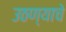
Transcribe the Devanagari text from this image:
उठण्याचे